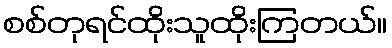
စစ်တုရင်ထိုးသူထိုးကြတယ်။